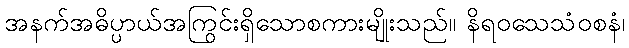
အနက်အဓိပ္ပာယ်အကြွင်းရှိသောစကားမျိုးသည်။ နိရဝသေသံဝစနံ၊